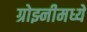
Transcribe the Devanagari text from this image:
ग्रोझ्नीमध्ये